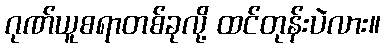
ဂုဏ်ယူစရာတစ်ခုလို့ ထင်တုန်းပဲလား။